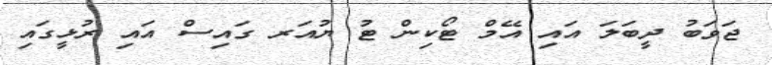
ޖަވަބު ދީބަލަ އައި އޭމް ޓޯކިން ޓު ޔުއަރ ގައިސް އައި ރުޅީގައި